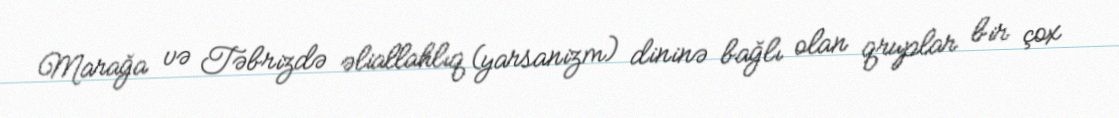
Marağa və Təbrizdə əliallahlıq (yarsanizm) dininə bağlı olan qruplar bir çox